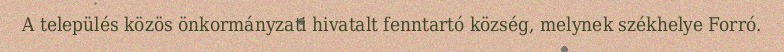
A település közös önkormányzati hivatalt fenntartó község, melynek székhelye Forró.